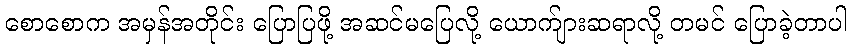
စောစောက အမှန်အတိုင်း ပြောပြဖို့ အဆင်မပြေလို့ ယောက်ျားဆရာလို့ တမင် ပြောခဲ့တာပါ